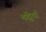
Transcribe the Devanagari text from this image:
चट्ठियाँ